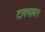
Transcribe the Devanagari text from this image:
टाक्यावर